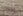
طرواده